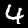
Label: 4